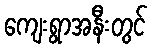
ကျေးရွာအနီးတွင်